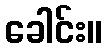
ခေါင်း။